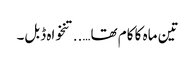
تین ماہ کا کام تھا…..تنخواہ ڈبل۔